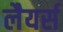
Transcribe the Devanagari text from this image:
लैयर्स